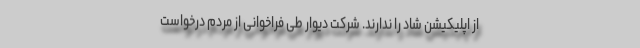
از اپلیکیشن شاد را ندارند. شرکت دیوار طی فراخوانی از مردم درخواست